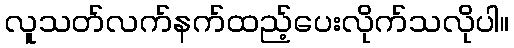
လူသတ်လက်နက်ထည့်ပေးလိုက်သလိုပါ။